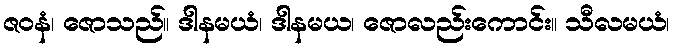
ဇဝနံ၊ ဇောသည်။ ဒါနမယံ၊ ဒါနမယ၊ ဇောလည်းကောင်း။ သီလမယံ၊